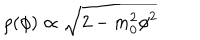
LaTeX: \rho ( \phi ) \propto \sqrt { 2 - m _ { 0 } ^ { 2 } \phi ^ { 2 } }